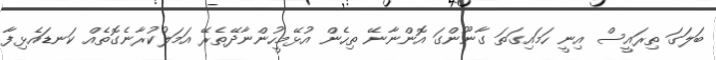
ބަލަގަ ތިރައީސް އިނީ ހަމައިގަތަ ގާނޫންގަ އޮންނާނޭ ތިހެން އުޅޭމީހުންނާދޭތެރޭ އަމަލުކުރާނެގޮތެއް ކަނޑައެޅިފާ